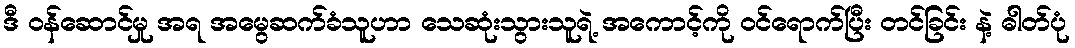
ဒီ ဝန်ဆောင်မှု အရ အမွေဆက်ခံသူဟာ သေဆုံးသွားသူရဲ့ အကောင့်ကို ဝင်ရောက်ပြီး တင်ခြင်း နဲ့ ဓါတ်ပုံ